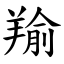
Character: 羭